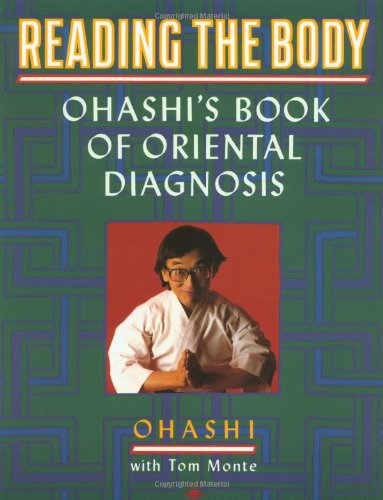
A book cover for Reading the Body: Ohashi's Book of Oriental Diagnosis; Wataru Ohashi; Health, Fitness & Dieting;